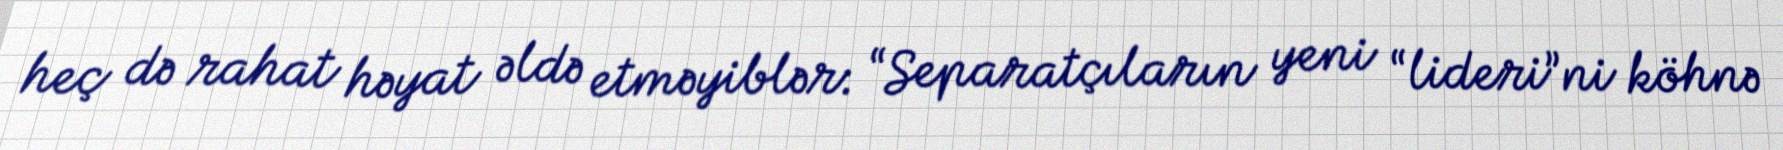
heç də rahat həyat əldə etməyiblər: “Separatçıların yeni “lideri”ni köhnə